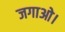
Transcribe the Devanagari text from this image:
जगाओ।